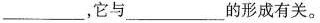
___，它与___的形成有关。